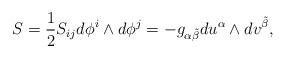
LaTeX: \begin{align*}S = \frac{1}{2} S_{ij}d\phi^i \wedge d\phi^j = -g_{\alpha \tilde{\beta}}du^\alpha \wedge dv^{\tilde{\beta}} ,\end{align*}